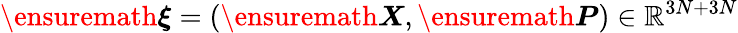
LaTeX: \ensuremath{\boldsymbol{\xi}}=(\ensuremath{\boldsymbol{X}},\ensuremath{\boldsymbol{P}})\in\mathbb{R}^{3N+3N}